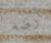
أرضه